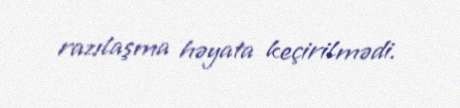
razılaşma həyata keçirilmədi.